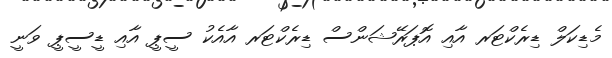
މެޑިކަލް ޑިރެކްޓަރ އާއި އޮޕަރޭޝަންސް ޑިރެކްޓަރ އާއެކު ސީޕީ އާއި ޑީސީޕީ ވަނީ